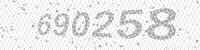
Solution: 690258